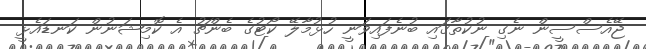
ޖޭއެސްސީން ނެގި ނުކުތާގައި ބުނެފައިވަނީ ހުޅުމާލޭ ކޯޓުގެ ބެންޗު އެ ކޮމިޝަނުން ކަނޑައެޅީ